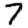
Digit: 7